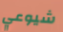
شيوعي